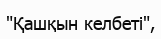
"Қашқын келбеті",